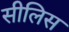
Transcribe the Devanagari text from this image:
सीलिस